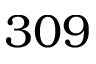
3 0 9